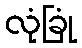
လုံခြုံ